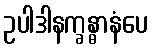
ဥပါဒါနက္ခန္ဓာနံပေ